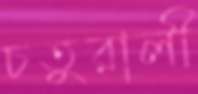
চতুরালী